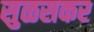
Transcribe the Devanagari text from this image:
सुळसकर